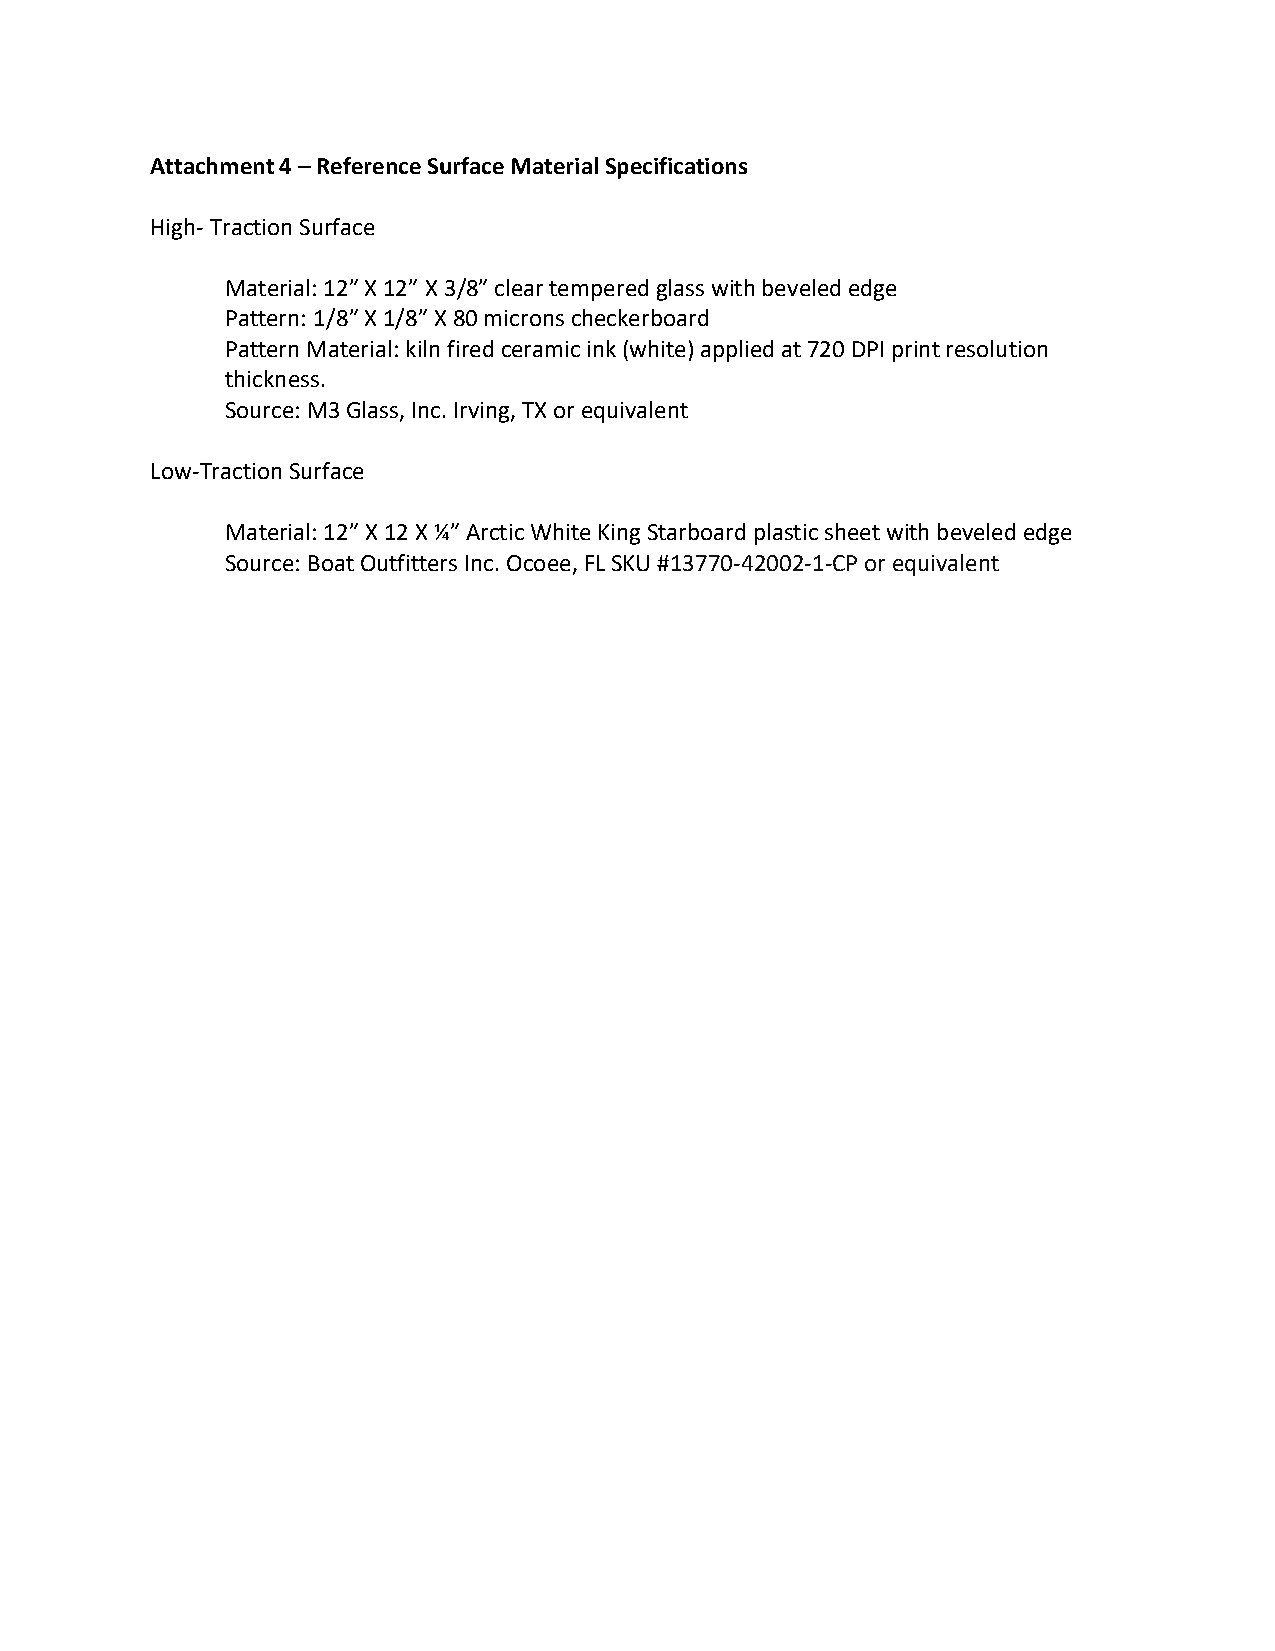
Attachment 4 – Reference Surface Material Specifications
 High- Traction Surface
 Material: 12” X 12” X 3/8” clear tempered glass with beveled edge
 Pattern: 1/8” X 1/8” X 80 microns checkerboard
 Pattern Material: kiln fired ceramic ink (white) applied at 720 DPI print resolution
 thickness.
 Source: M3 Glass, Inc. Irving, TX or equivalent
 Low-Traction Surface
 Material: 12” X 12 X ¼” Arctic White King Starboard plastic sheet with beveled edge
 Source: Boat Outfitters Inc. Ocoee, FL SKU #13770-42002-1-CP or equivalent